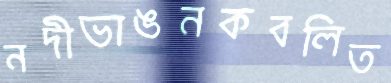
নদীভাঙনকবলিত